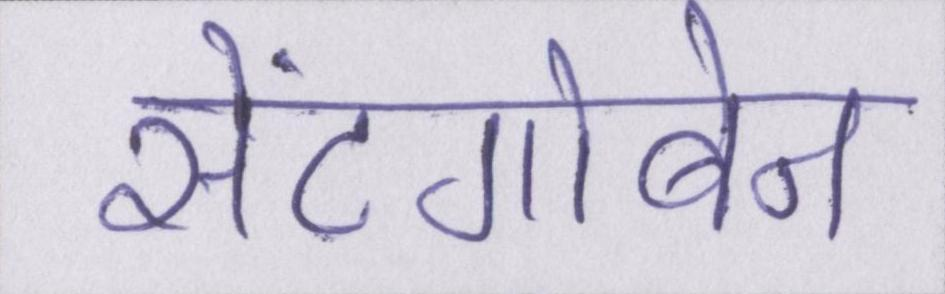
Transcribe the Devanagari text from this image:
सेंटगोबेन